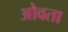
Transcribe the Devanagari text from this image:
ओवता